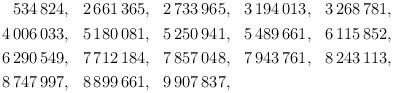
LaTeX: \begin{align*}\begin{aligned} 534\,824 &,& 2\,661\,365 &,& 2\,733\,965 &,& 3\,194\,013 &,& 3\,268\,781, \\4\,006\,033 &,& 5\,180\,081 &,& 5\,250\,941 &,& 5\,489\,661 &,& 6\,115\,852, \\6\,290\,549 &,& 7\,712\,184 &,& 7\,857\,048 &,& 7\,943\,761 &,& 8\,243\,113, \\8\,747\,997 &,& 8\,899\,661 &,& 9\,907\,837 &,& && \end{aligned}\end{align*}